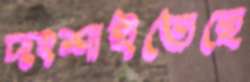
দংশাইতেছে